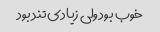
خوب بود ولی زیادی تند بود